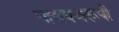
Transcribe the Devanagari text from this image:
नारायणरूपी